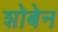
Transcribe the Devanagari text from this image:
शोबेन